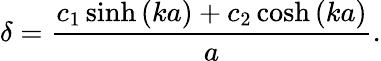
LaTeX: \delta=\frac{c_{1}\sinh\left(ka\right)+c_{2}\cosh\left(ka\right)}{a}.